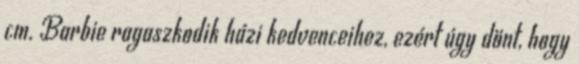
cm. Barbie ragaszkodik házi kedvenceihez, ezért úgy dönt, hogy